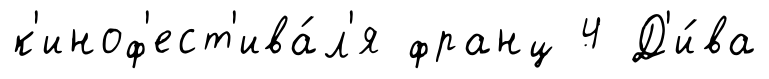
к'иноф'ест'ива́л'я франц 4 Д'и́ва